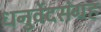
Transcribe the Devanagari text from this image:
धनुर्वेदसंग्रह